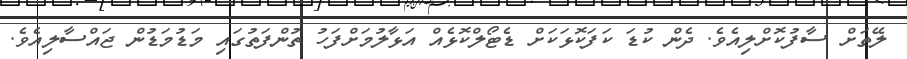
ލޭތަށް ސާފުކޮށްލިއެވެ. ދެން ކުޑަ ކަފަކޮޅަކަށް ޑެޓޯލްކޮޅެއް އަޅާލުމަށްފަހު ތުންފަތުގައި މަޑުމަޑުން ޖައްސާލިއެވެ.